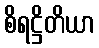
စိရဋ္ဌိတိယာ